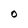
Character: O